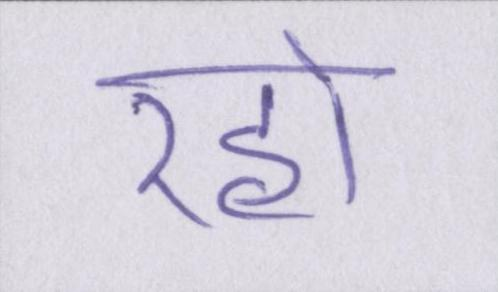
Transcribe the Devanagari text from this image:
रहो